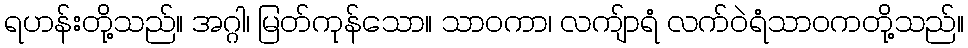
ရဟန်းတို့သည်။ အဂ္ဂါ၊ မြတ်ကုန်သော။ သာဝကာ၊ လကျ်ာရံ လက်ဝဲရံသာဝကတို့သည်။